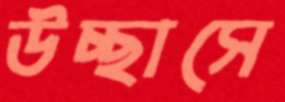
উচ্ছাসে